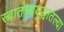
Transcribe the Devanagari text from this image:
स्वातंत्र्ययुद्धातल्या